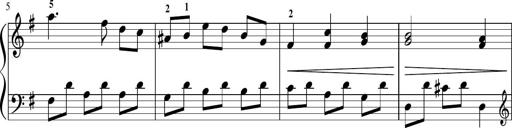
Title: Sonatina in G major
Composer: Friedrich Kuhlau
Key: G major